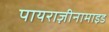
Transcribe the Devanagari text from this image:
पायराज़ीनामाइड